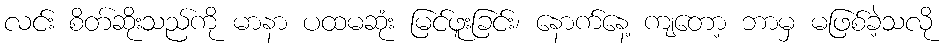
လင်း စိတ်ဆိုးသည်ကို မာနာ ပထမဆုံး မြင်ဖူးခြင်း၊ နောက်နေ့ ကျတော့ ဘာမှ မဖြစ်ခဲ့သလို